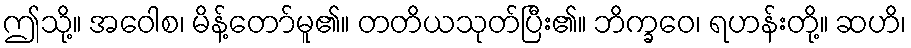
ဤသို့။ အဝေါစ၊ မိန့်တော်မူ၏။ တတိယသုတ်ပြီး၏။ ဘိက္ခဝေ၊ ရဟန်းတို့။ ဆဟိ၊